Document type: payment_order
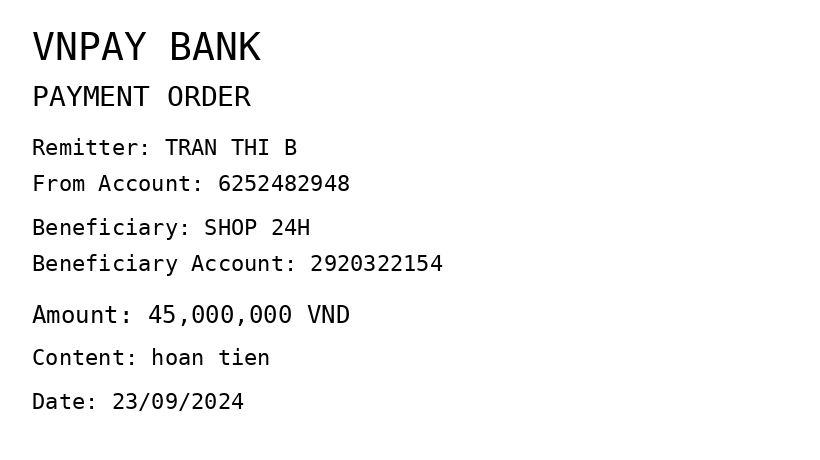
OCR transcript:
VNPAY BANK
PAYMENT ORDER
Remitter: TRAN THI B
From Account: 6252482948
Beneficiary: SHOP 24H
Beneficiary Account: 2920322154
Amount: 45,000,000 VND
Content: hoan tien
Date: 23/09/2024
Extracted fields:
bank_name: vnpay bank
sender_name: tran thi b
sender_account: 6252482948
beneficiary_name: shop 24h
beneficiary_account: 2920322154
amount: 45000000
content: hoan tien
date: 2024-09-23